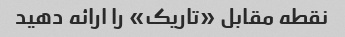
نقطه مقابل «تاریک» را ارائه دهید